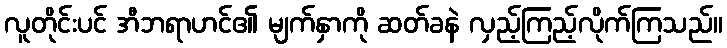
လူတိုင်းပင် အီဘရာဟင်၏ မျက်နှာကို ဆတ်ခနဲ လှည့်ကြည့်လိုက်ကြသည်။